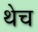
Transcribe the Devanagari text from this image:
थेच